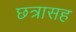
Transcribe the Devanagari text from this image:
छत्रासह